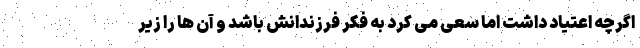
اگرچه اعتیاد داشت اما سعی می کرد به فکر فرزندانش باشد و آن ها را زیر